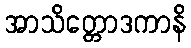
အာသိတ္တောဒကာနိ